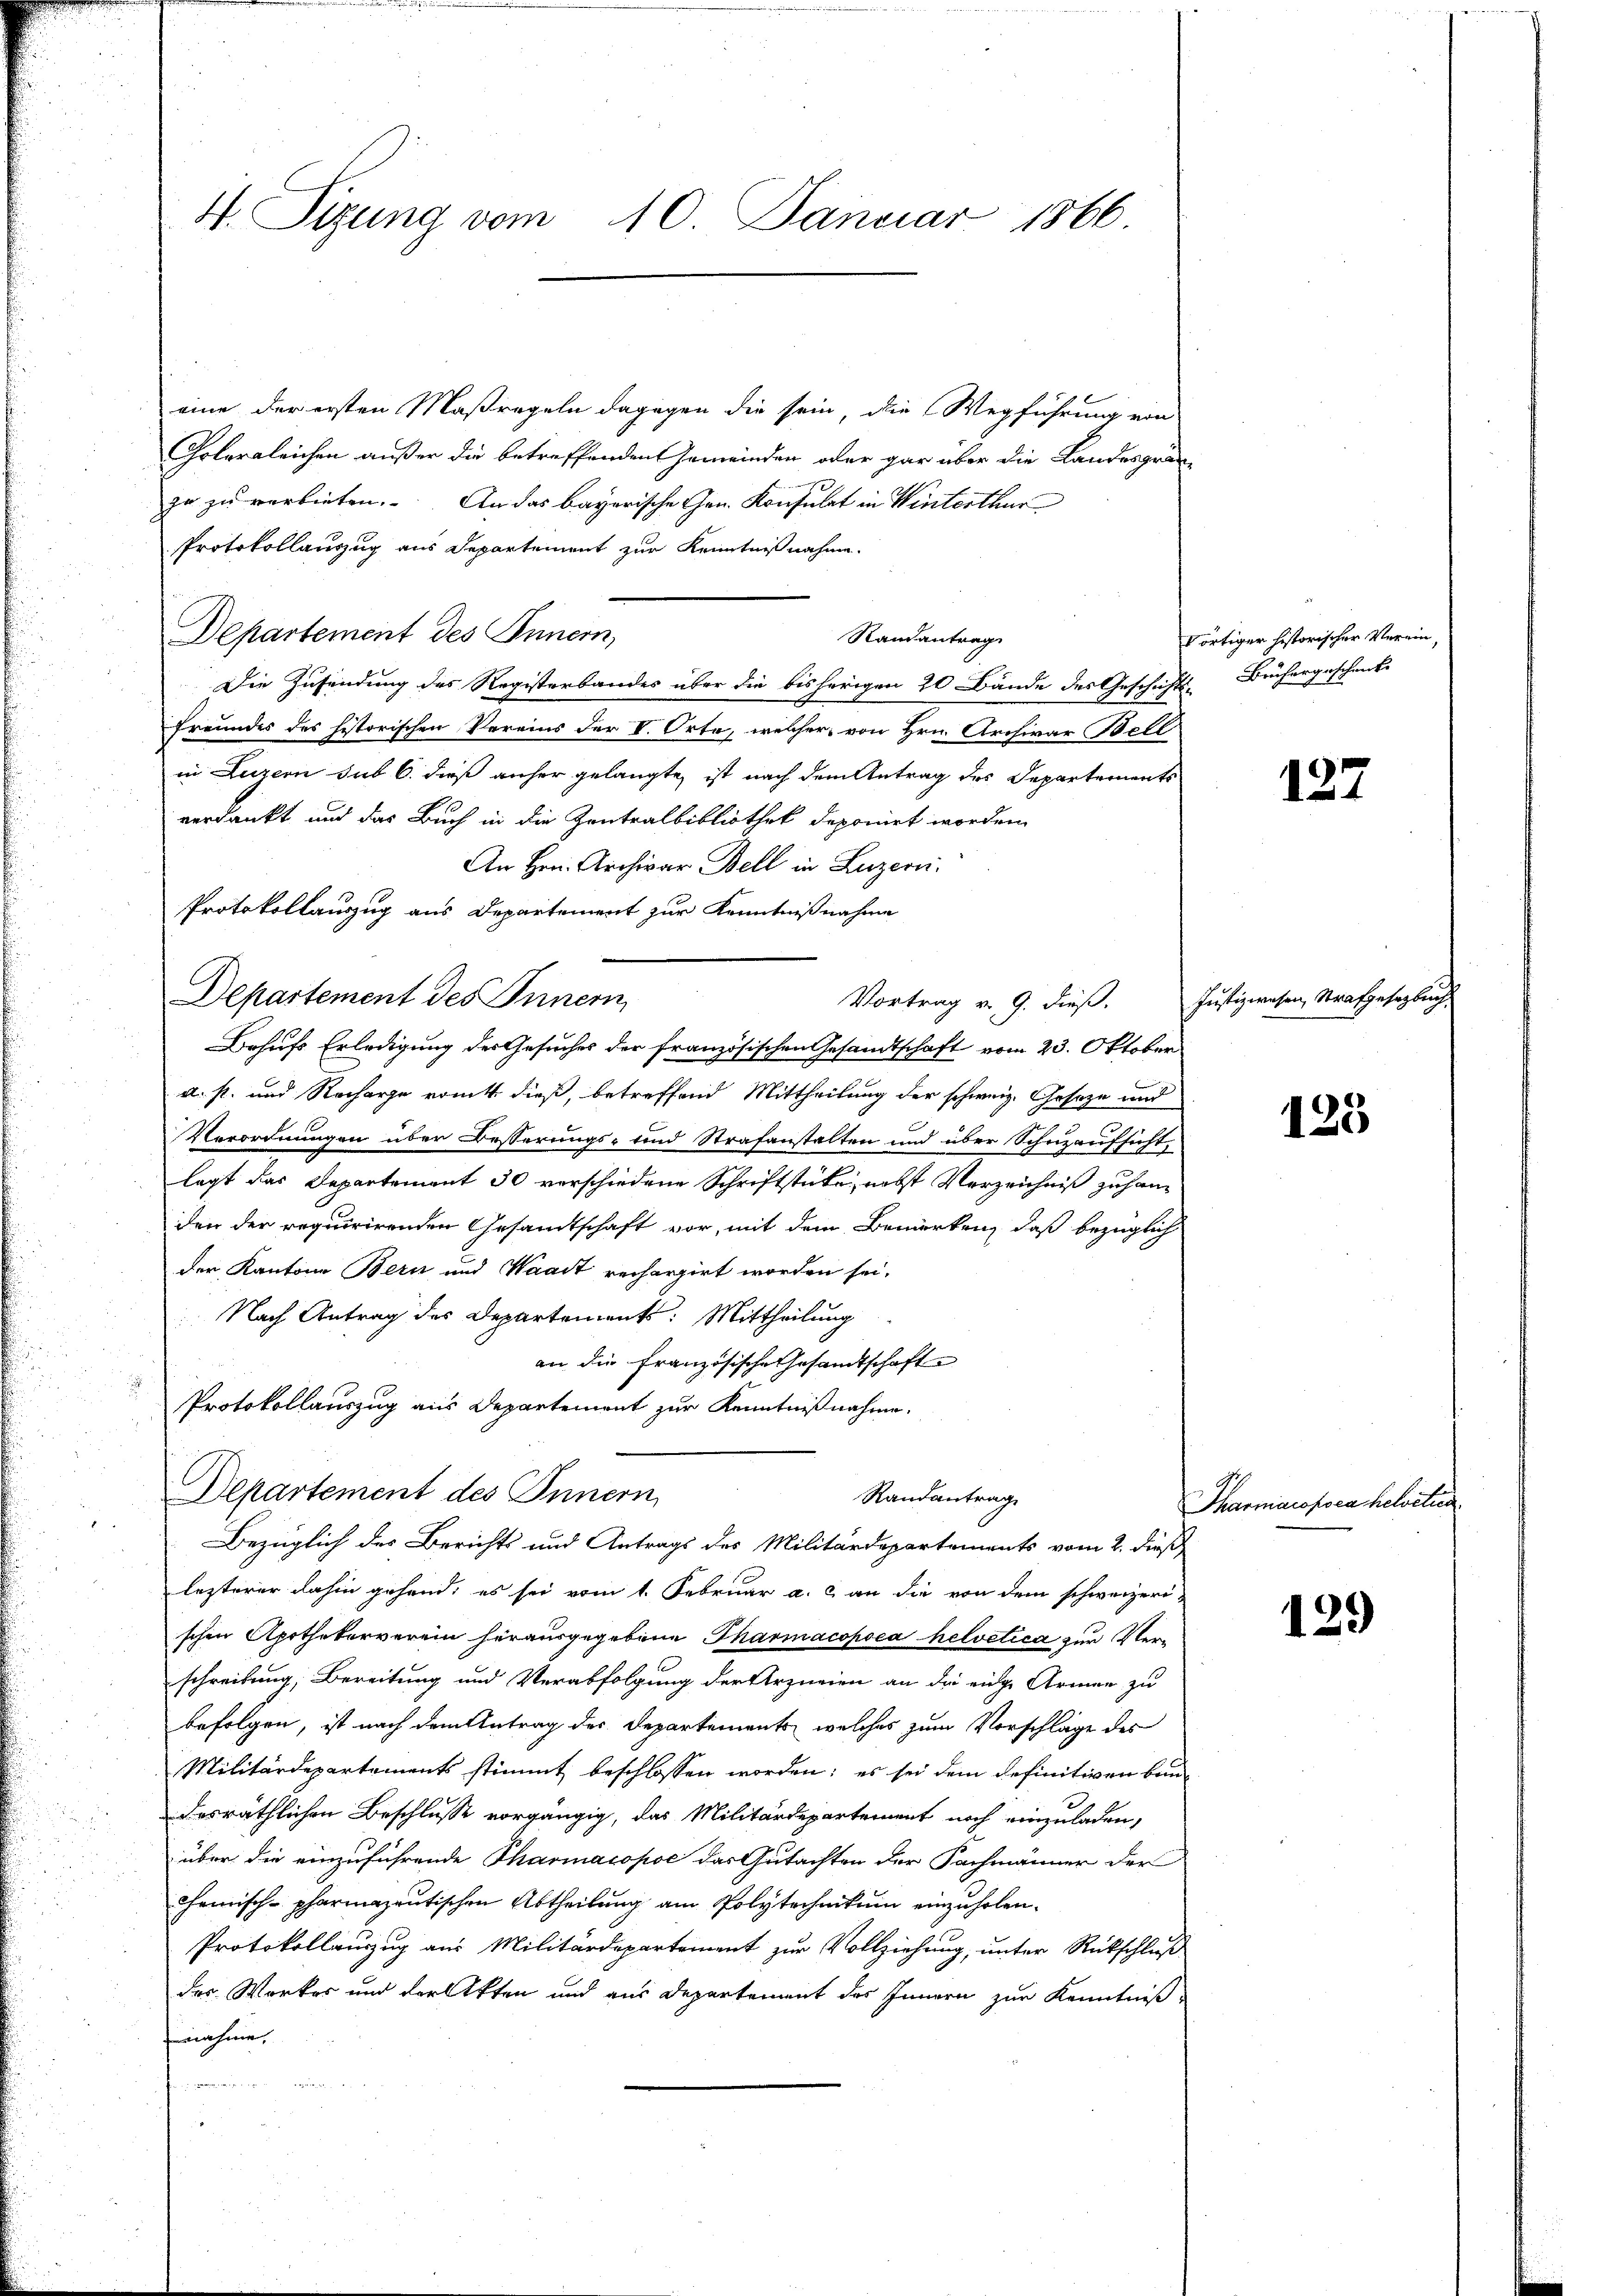
4. Sizung vom 10. Januar 1866

eine der ersten Maßregeln dagegen die sein die Wegführung von
Cholergleichen außer die betreffenden Gemeinden oder gar über die Landesgrän-
ze zu verbieten. An das bayerische Gen. Konsulat in Winterthur
PProtokollauszug aus Departement zur Kenntnißnahme.
Departement des Innern,
Die Zusendung des Registerbandes über die bisherigen 20 Bände des Geschichts- Büchergeschenke
Freundes des historischen Vereins der V. Orte, welcher von Hrn. Archivar Bell
in Luzern sub 6. dieß anher gelangte, ist nach dem Antrag des Departements
verdankt und das Buch in die Zentralbibliothek deponirt worden.
An Hrn. Archivar Bell in Luzern.
Protokollauszug aus Departement zur Kenntnißnahme
Behufs Erledigung des Gesuches der französischen Gesandtschaft vom 23. Oktober
d. s. und Recharge ront dieß, betreffend Mittheilung der schweiz. Geseze und
Verordnungen über Besserungs- und Strafanstalten und über Schuzaufsicht,
legt das Departement 30 verschiedene Schriftstücke, nebst Verzeichniß zu hang
den der requirirenden Gesandtschaft vor, mit dem Bemerken, daß bezüglich
der Kantone Bern und Waadt rechargirt worden sei.
Nach Antrag des Departement: Mittheilung
an die Französische Gesandtschaft
Protokollauszug aus Departement zur Kenntnißnahme.
Departement des Innern,
Randantrag
Bezüglich des Berichts und Antrags des Militärdepartements vom 2. dieß
lezterer dahin gehend, es sei vom 1. Februar a. c. an die von dem schweizeri-
schen Apothekerverein herausgegebene Tharmacopoea helvetica zur Verschreibung, Bereitung und Verabfolgung der Urzurien an die eidge Armen zu
befolgen, ist nach dem Antrag des Departements, welches zum Vorschläge des
Militärdepartements stimmt beschlossen worden; es sei dem definitiven bun-
desräthlichen Beschlusse vorgängig, das Militärdepartement noch einzuladen,
über die einzuführende Tharmacopoe das Gutachten der Fachmänner der
cemisch-pharmazentischen Abtheilung am Polytechnikum einzuholen.
Protokollauszug aus Militärdepartement zur Vollziehung, unter Rückschluß
des Werkes und der Akten und aus Departement des Innern zur Kenntniß
nahme,
        geben, da

Departement des Innern

Randantrag

Vortrag v. 9. dieß.

dortiger historischer Verein,

127

Justizwesen, Strafgesetzbuch.

125

Pharmarofoea helvetien

139